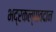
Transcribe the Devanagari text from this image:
भद्रकल्पावदान